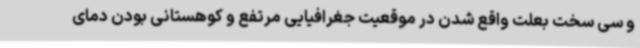
و سی سخت بعلت واقع شدن در موقعیت جغرافیایی مرتفع و کوهستانی بودن دمای